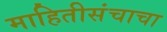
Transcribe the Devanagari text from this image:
माहितीसंचाचा